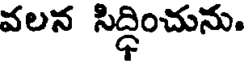
వలన సిద్ధించును.